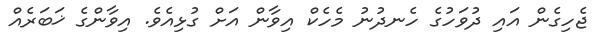
ޖެހިގެން އައި ދުވަހުގެ ހެނދުނު މެހެކް އިވާން އަށް ގުޅިއެވެ. އިވާންގެ ޚަބަރެއް